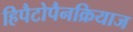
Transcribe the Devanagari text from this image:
हिपैटोपैनक्रियाज